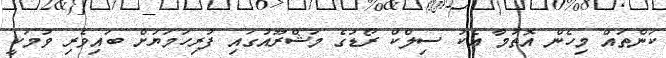
ކަންތައް މިހެން އޮތުމާ އެކު ސިލްކް ރޯޑުގެ މަޝްރޫއުގައި ފުރިހަމަޔަށް ބައިވެރި ވުމަކީ